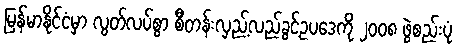
မြန်မာနိုင်ငံမှာ လွတ်လပ်စွာ စီတန်းလှည့်လည်ခွင့်ဥပဒေကို ၂၀၀၈ ဖွဲစည်းပုံ